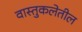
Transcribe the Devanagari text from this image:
वास्तुकलेतील